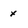
Character: x